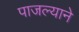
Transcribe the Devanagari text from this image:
पाजल्याने